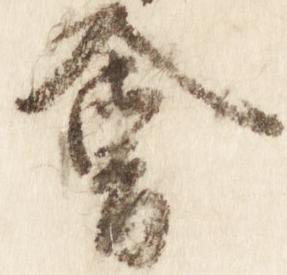
会